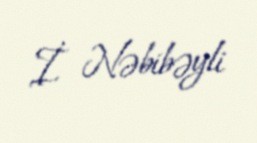
İ. Nəbibəyli